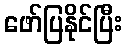
ဖော်ပြနိုင်ပြီး